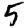
Digit: 5